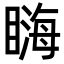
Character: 𥉪